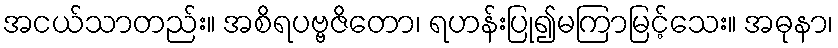
အငယ်သာတည်း။ အစိရပဗ္ဗဇိတော၊ ရဟန်းပြု၍မကြာမြင့်သေး။ အဓုနာ၊